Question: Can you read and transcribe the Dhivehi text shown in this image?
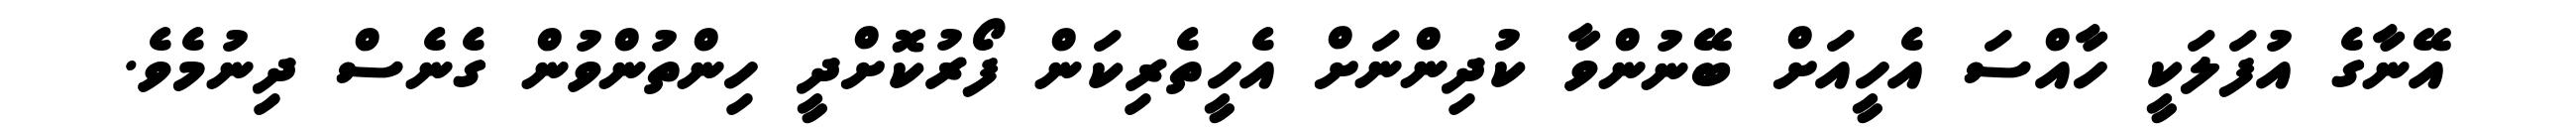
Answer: އޭނާގެ އުފަލަކީ ހާއްސަ އެހީއަށް ބޭނުންވާ ކުދިންނަށް އެހީތެރިކަން ފޯރުކޮށްދީ ހިންތުންވުން ގެނެސް ދިނުމެވެ.